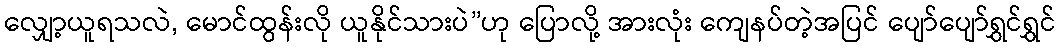
လျှော့ယူရသလဲ, မောင်ထွန်းလို ယူနိုင်သားပဲ”ဟု ပြောလို့ အားလုံး ကျေနပ်တဲ့အပြင် ပျော်ပျော်ရွှင်ရွှင်